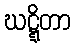
ဃဋ္ဋိတာ